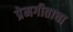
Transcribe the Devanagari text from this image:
प्रेमगीताचा